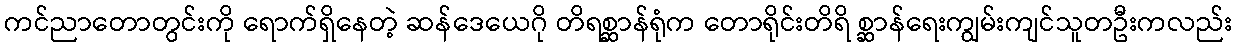
ကင်ညာတောတွင်းကို ရောက်ရှိနေတဲ့ ဆန်ဒေယေဂို တိရစ္ဆာန်ရုံက တောရိုင်းတိရိ စ္ဆာန်ရေးကျွမ်းကျင်သူတဦးကလည်း